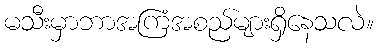
မသီးမှာဘာအကြံအစည်များရှိနေသလဲ။